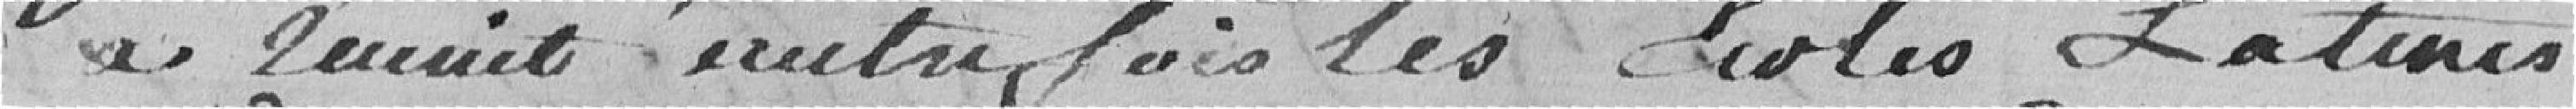
a réunit autre fois les écoles latines